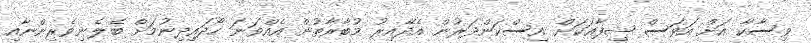
ވިސާކާ އަށް އަވަސް ޝިފާއަކަށް އިސްކަންދަރުން އެދޭއިރު މުބާރާތުން އެއްވަނަ ހޯދައިދިނުމަށް ބެލެނިވެރިންނާއި